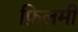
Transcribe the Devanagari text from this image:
फ़िलमीं